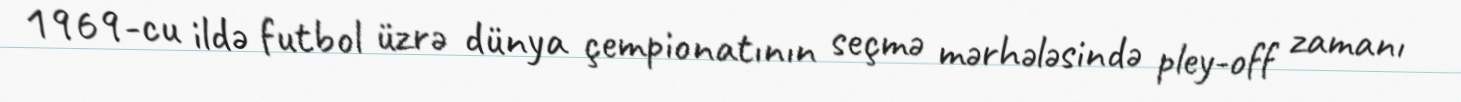
1969-cu ildə futbol üzrə dünya çempionatının seçmə mərhələsində pley-off zamanı